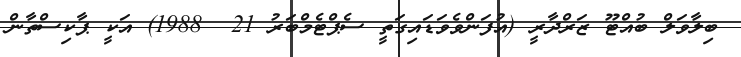
ބިލާވަލް ބުއްޓޫ ޒަރްދާރީ (އުފަންވެވަޑައިގަތީ ސެޕްޓެމްބަރު 21  1988) އަކީ ޕާކިސްތާން